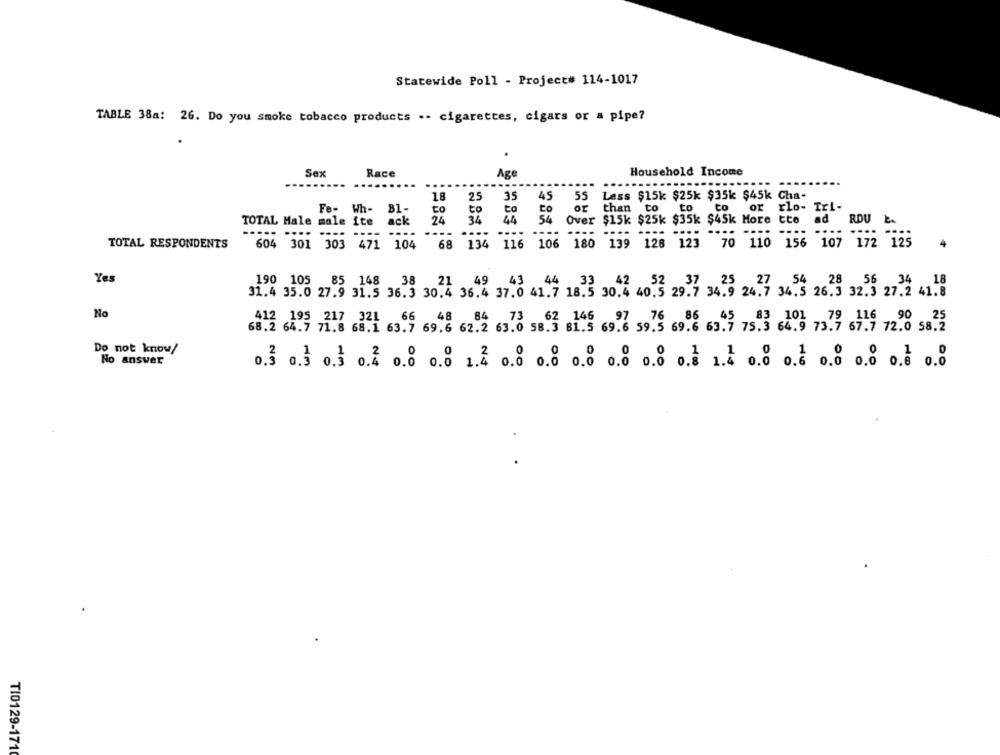
Statewide Poll - Project# 114-1017
TABLE 38a: 26. Do you smoke tobacco products .- cigarettes, cigars or a pipe?
Sex
Race
Household Income
Age
..........
....
..
18
25
35
45
55
Less $15k $25k $35k $45k Cha-
Fe- Wh-
Bl-
to
to
to
to
Or
than to
to
to
or rlo- Tri-
28
34
44
54
Over $15k $25k $35k $45k More tte ad
TOTAL Male male ite
ack
ad
ROU E.
..
----
---
..
----
----
....
-...
---- ----
TOTAL RESPONDENTS
604
604 301 303 471 104
68
134
116
106
180
139 128 123
70 110 156 107 172 125
Yes
85 148
21 49 43 44 33 42 52 37 25 27 54 28
56 34
18
190 105
38
44
31.4 35.0 27.9 31.5 36.3 30.4 36.4 37.0 41.7 18.5 30.4 40.5 29.7 34.9 24.7 34.5 26.3 32.3 27.2 41.8
No
412 195 217 321
68.2 64.7 71.8 68.1 63.7 69.6 62.2 63.0
3. 02 145 693 59.5 69.6 63.7 75.3 64.9 73.7 67.7 72.0 58.2
Do not know/
No answer
0.3 0.3 0.3 0.2 0.0 0.0 1.2 0.0 0.0 0.0 0.0 0.0 0.1 1.4 0.0 0.6 0.0 0.0 0.8 0.0
T10129-1710